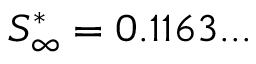
S _ { \infty } ^ { * } = 0 . 1 1 6 3 . . .